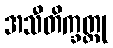
အသီတိက္ခတ္တု